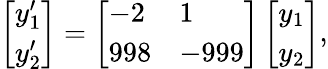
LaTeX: \left[\begin{array}{l}{y_{1}^{\prime}}\\ {y_{2}^{\prime}}\end{array}\right]=\left[\begin{array}{ll}{-2}&{1}\\ {998}&{-999}\end{array}\right]\left[\begin{array}{l}{y_{1}}\\ {y_{2}}\end{array}\right],